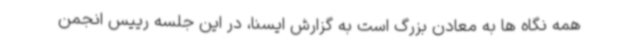
همه نگاه ها به معادن بزرگ است به گزارش ایسنا، در این جلسه رییس انجمن